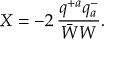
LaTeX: X = - 2 \, \frac { q ^ { + a } q _ { a } ^ { - } } { \bar { W } W } .